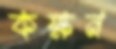
কক্ষন